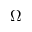
\Omega